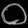
Digit: ၀